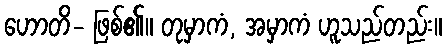
ဟောတိ- ဖြစ်၏။ တုမှာကံ, အမှာကံ ဟူသည်တည်း။